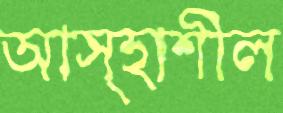
আস্হাশীল